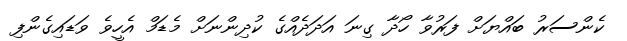
ކެންސަރު ބައްޔަށް ފަރުވާ ހޯދާ ގިނަ އަދަދެއްގެ ކުދިންނަށް މެޑަމް އެހީވެ ވަޑައިގެންފި